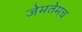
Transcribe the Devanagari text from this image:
जेमतेमच